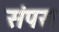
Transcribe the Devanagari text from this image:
संपरा